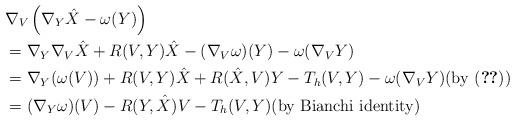
LaTeX: \begin{align*}&\nabla_V \left(\nabla_Y \hat X - \omega(Y )\right) \\&= \nabla_Y \nabla_V \hat X + R(V, Y)\hat X - (\nabla_V \omega)(Y) - \omega(\nabla_V Y)\\&=\nabla_Y (\omega (V)) + R(V, Y) \hat X + R(\hat X, V) Y - T_h (V, Y) - \omega(\nabla_V Y)\mbox{(by \eqref{eq:ODE})}\\&=(\nabla_Y \omega )(V) - R(Y, \hat X) V - T_h (V, Y)\mbox{(by Bianchi identity)}\end{align*}